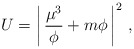
\begin{align*}U = \left|\, \frac{\mu^3}{\phi}+m\phi\,\right|^2\, ,\end{align*}